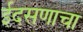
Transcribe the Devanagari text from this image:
ईदसणाचा